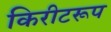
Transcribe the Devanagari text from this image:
किरीटरूप